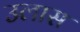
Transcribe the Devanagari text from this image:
उलास